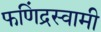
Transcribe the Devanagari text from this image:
फणिंद्रस्वामी